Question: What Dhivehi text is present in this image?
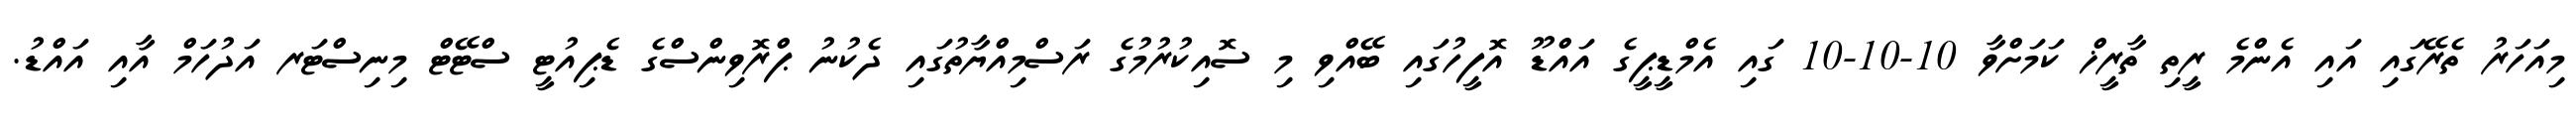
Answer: މިއަހަރު ތެރޭގައި އައި އެންމެ ރީތި ތާރީޚް ކަމަށްވާ 10-10-10 ގައި އެމްޑީޕީގެ އައްޑޫ އޮފީހުގައި ބޭއްވި މި ސޮއިކުރުމުގެ ރަސްމިއްޔާތުގައި ދެކުނު ޕްރޮވިންސްގެ ޑެޕިއުޓީ ސްޓޭޓް މިނިސްޓަރ އަދުހަމް އާއި އައްޑު.